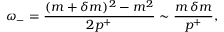
\omega _ { - } = \frac { ( m + \delta m ) ^ { 2 } - m ^ { 2 } } { 2 p ^ { + } } \sim \frac { m \, \delta m } { p ^ { + } } ,